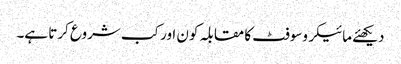
دیکھئے مائیکروسوفٹ کا مقابلہ کون اور کب شروع کرتا ہے۔